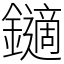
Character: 𨮹